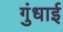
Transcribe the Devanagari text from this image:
गुंधाई